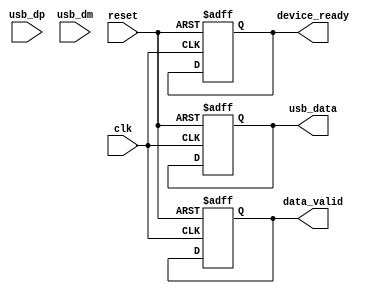
module usb_interface (
    input wire clk,
    input wire reset,
    input wire usb_dp,  // USB Data Plus
    input wire usb_dm,  // USB Data Minus
    output reg [7:0] usb_data,
    output reg data_valid,
    output reg device_ready
);
    // USB interface implementation goes here
    // This is a placeholder for handling USB signaling and data transfer
    always @(posedge clk or posedge reset) begin
        if (reset) begin
            usb_data <= 8'b0;
            data_valid <= 1'b0;
            device_ready <= 1'b0;
        end else begin
            // USB data handling logic
            // ...
        end
    end
endmodule